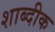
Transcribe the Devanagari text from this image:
शाब्दीक